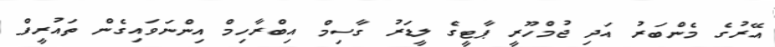
އޭރުގެ މެންބަރު އަދި ޖުމްހޫރީ ޕާޓީގެ ލީޑަރު ގާސިމް އިބްރާހިމް އިންނަވައިގެން ތައުރީފް